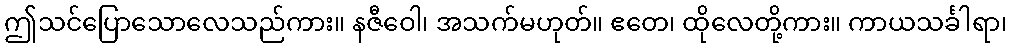
ဤသင်ပြောသောလေသည်ကား။ နဇီဝေါ၊ အသက်မဟုတ်။ ဧတေ၊ ထိုလေတို့ကား။ ကာယသင်္ခါရာ၊